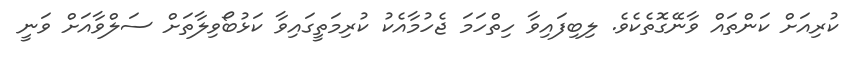
ކުރިއަށް ކަންތައް ވާނޭގޮތެކެވެ. ލިބިފައިވާ ހިތްހަމަ ޖެހުމާއެކު ކުރިމަތީގައިވާ ކަޅުބޯވިލާތަށް ސަލްވާއަށް ވަނީ